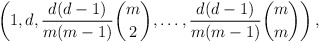
\begin{align*} \left(1, d, \frac{d(d-1)}{m(m-1)} \binom{m}{2}, \ldots, \frac{d(d-1)}{m(m-1)} \binom{m}{m} \right),\end{align*}